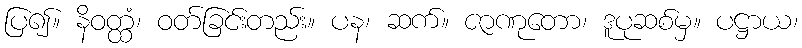
ပြ၍။ နိဝတ္ထံ၊ ဝတ်ခြင်းတည်း။ ပန၊ ဆက်။ ဇာဏုတော၊ ဒူပုဆစ်မှ။ ပဋ္ဌာယ၊